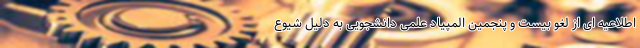
اطلاعیه ای از لغو بیست و پنجمین المپیاد علمی دانشجویی به دلیل شیوع